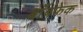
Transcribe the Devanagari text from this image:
बाँबफेक